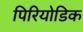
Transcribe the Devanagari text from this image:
पिरियोडिक